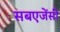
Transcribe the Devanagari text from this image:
सबएजेंसी